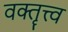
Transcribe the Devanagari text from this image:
वक्तॄत्त्व